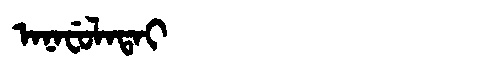
Manchu: ᠠᠨᠠᠸᡠᠯᠠᡨᠠᡳ
Romanization: ANAFULATAI